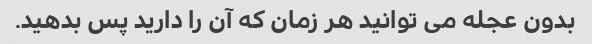
بدون عجله می توانید هر زمان که آن را دارید پس بدهید.